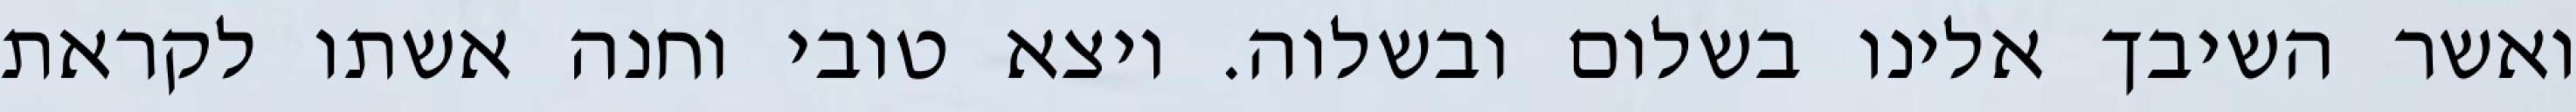
ואשר השיבך אלינו בשלום ובשלוה. ויצא טובי וחנה אשתו לקראת